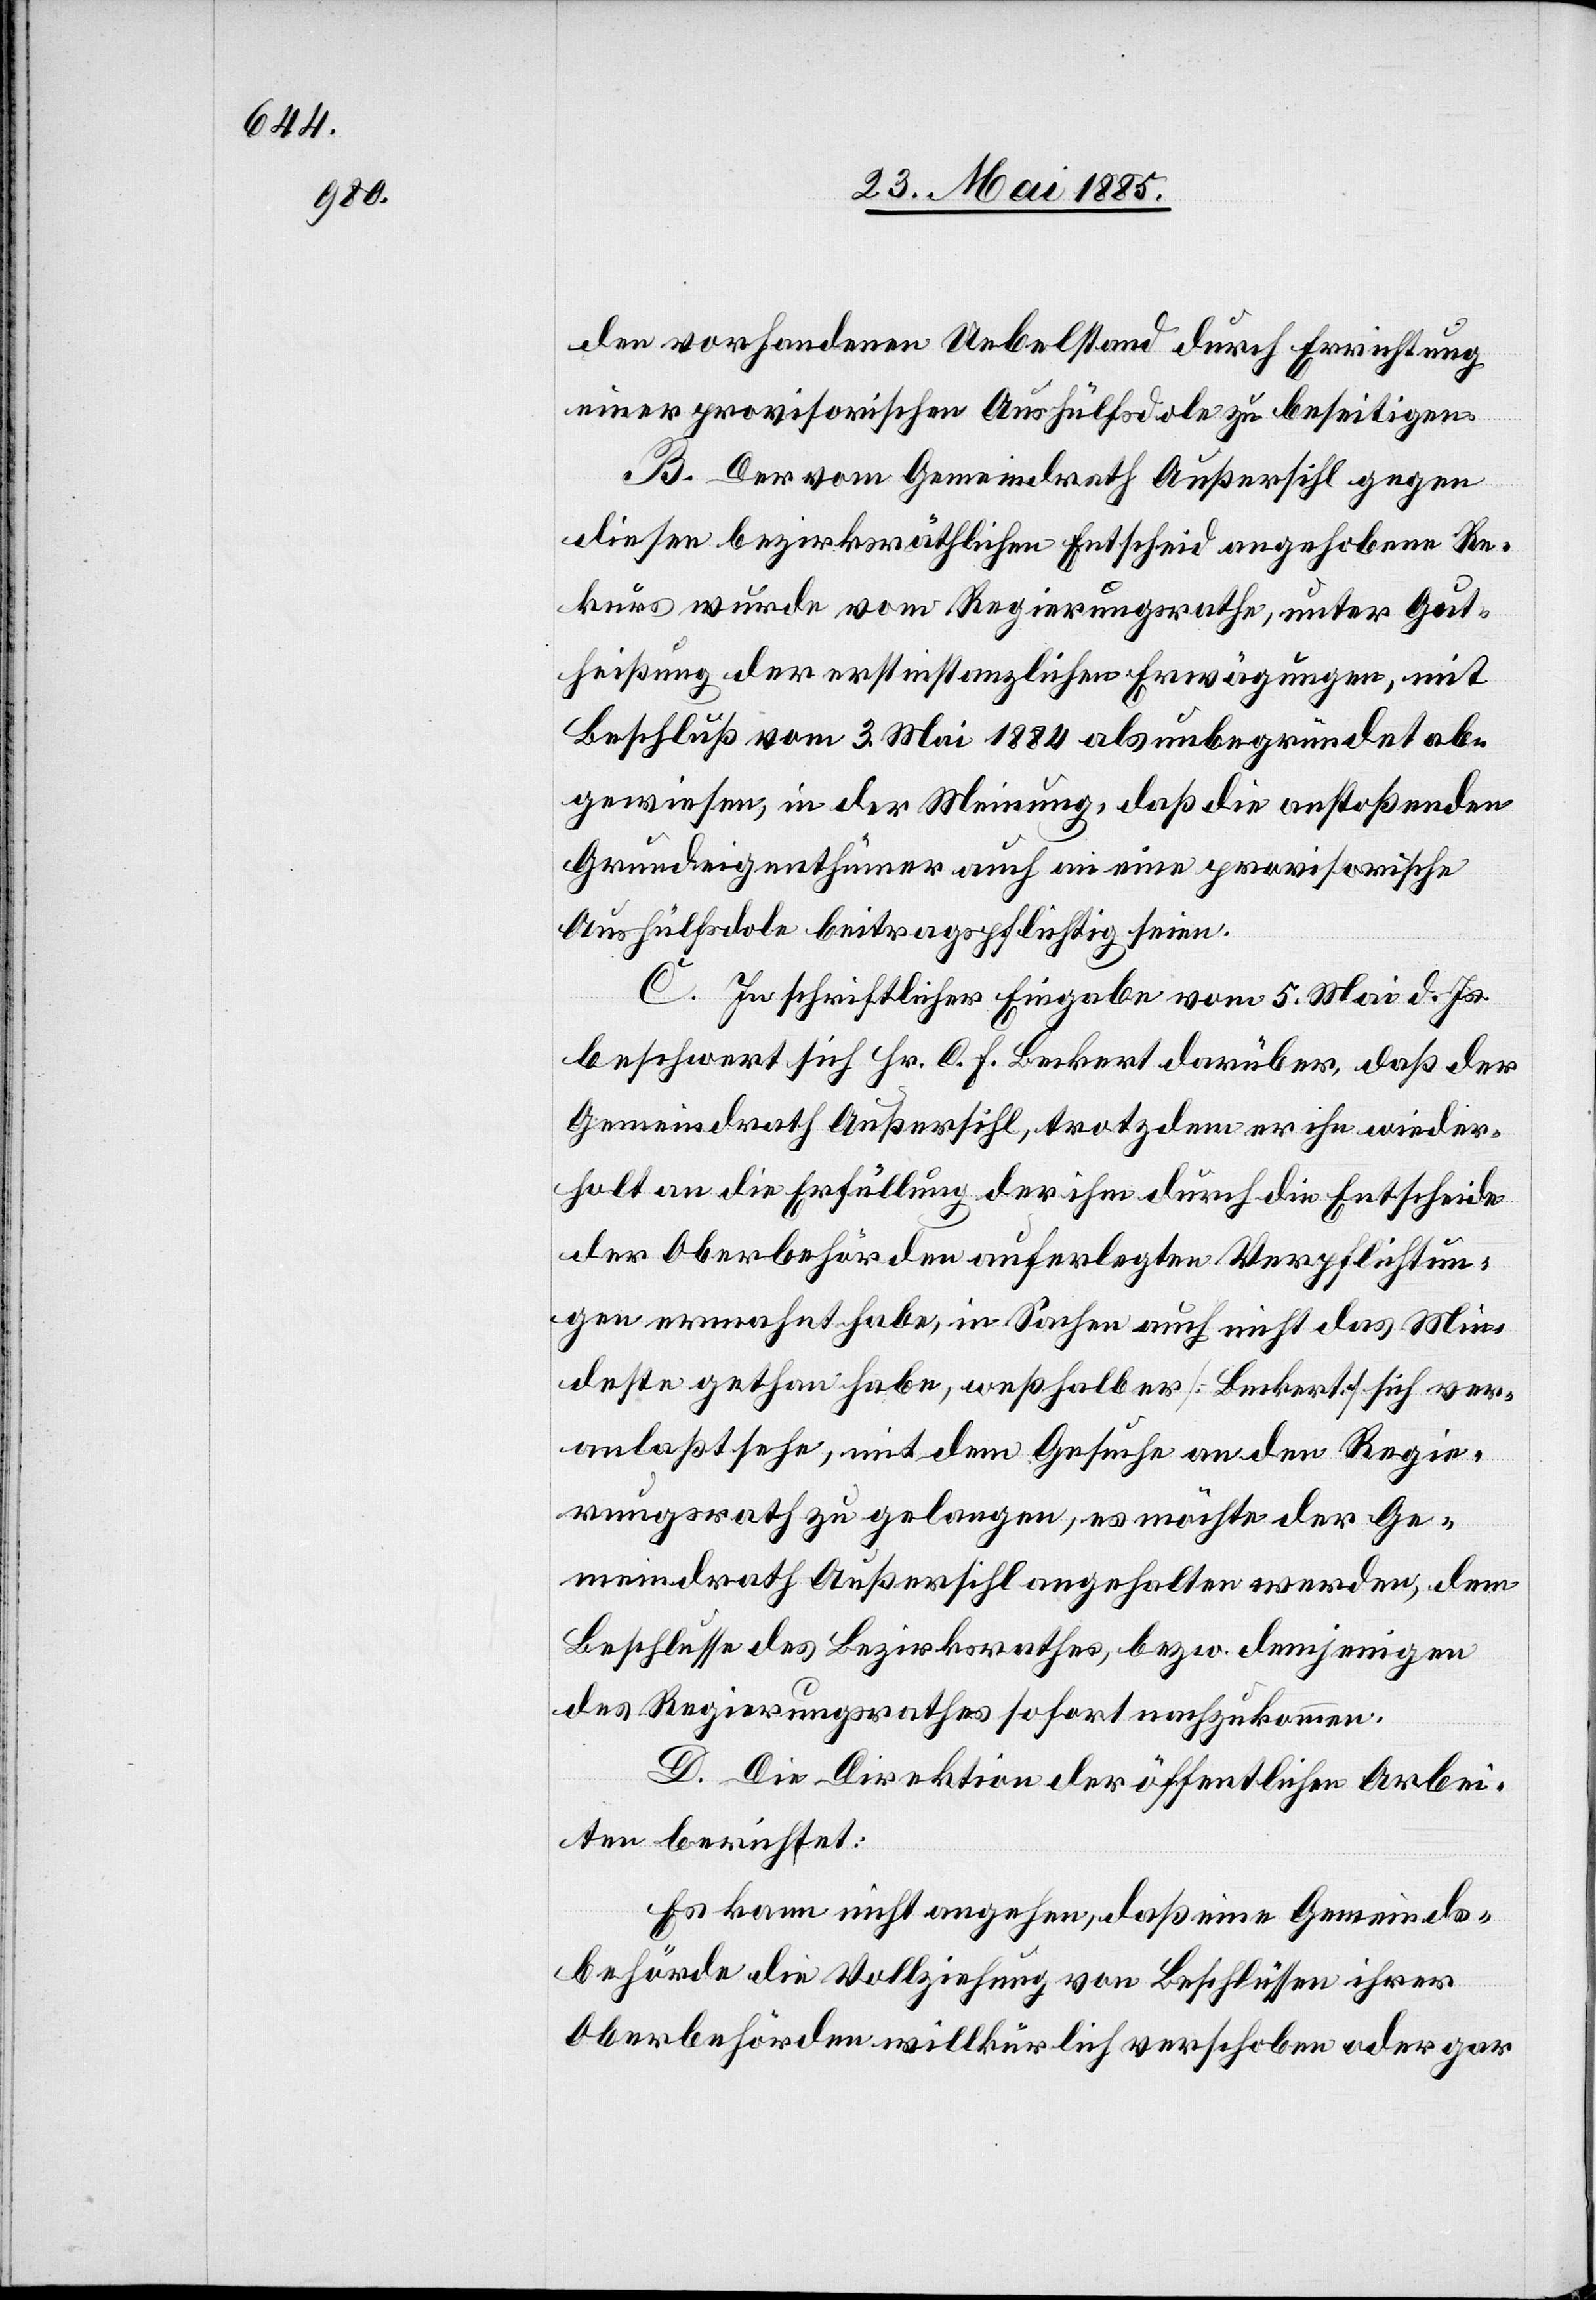
den vorhandenen Uebelstand durch Errichtung
einer provisorischen Aushülfsdole zu beseitigen.
v¬
B. Der vom Gemeindrath Außersihl gegen
diesen bezirksräthlichen Entscheid angehobene Re¬
kurs wurde vom Regierungsrathe, unter Gut¬
heißung der erstinstanzlichen Erwägungen, mit
Beschluß vom 3. Mai 1884 als unbegründet ab¬
gewiesen, in der Meinung, daß die anstoßenden
Grundeigenthümer auch an eine provisorische
Aushülfsdole beitragspflichtig seien.
C. In schriftlicher Eingabe vom 5. Mai d. Js.
beschwert sich Hr. C. F. Burkert darüber, daß der
Gemeindrath Außersihl, trotzdem er ihn wieder¬
holt an die Erfüllung der ihm durch die Entscheide
der Oberbehörden auferlegten Verpflichtung¬
eranlaßt sehe, mit dem Gesuche an den Regie¬
rungsrath zu gelangen, es möchte der Ge¬
meindrath Außersihl angehalten werden, dem
Beschlusse des Bezirksrathes, bezw. demjenigen
des Regierungsrathes sofort nachzukommen.
D. Die Direktion der öffentlichen Arbei¬
ten berichtet:
Es kann nicht angehen, daß eine Gemeinds¬
behörde die Vollziehung von Beschlüssen ihrer
Oberbehörden willkürlich verschoben oder gar